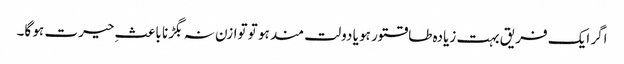
اگر ایک فریق بہت زیادہ طاقتور ہو یا دولت مند ہو تو توازن نہ بگڑنا باعثِ حیرت ہو گا۔